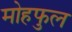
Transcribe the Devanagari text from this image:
मोहफुल